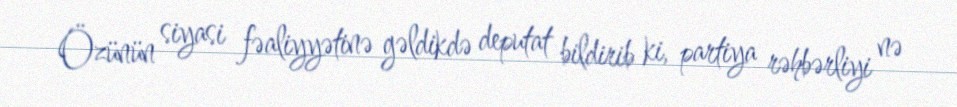
Özünün siyasi fəaliyyətinə gəldikdə deputat bildirib ki, partiya rəhbərliyi nə